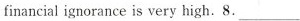
financial ignorance is very high. 8. ___